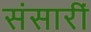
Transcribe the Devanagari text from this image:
संसारीं